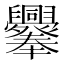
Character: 𦧁